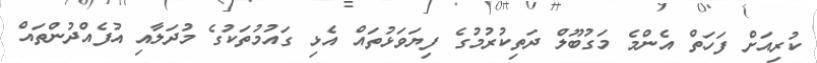
ކުރިއަށް ފަހަތް އެންމެ މަގުބޫލް ދަތިކުރުމުގެ ފިޔަވަޅުތައް އެޅި ގައުމުތަކުގެ މުދަލާއި އުފެއްދުންތައް